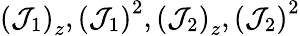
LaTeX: \left(\mathcal{J}_{1}\right)_{z},\left(\mathcal{J}_{1}\right)^{2},\left(\mathcal{J}_{2}\right)_{z},\left(\mathcal{J}_{2}\right)^{2}